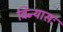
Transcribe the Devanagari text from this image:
विन्यासः